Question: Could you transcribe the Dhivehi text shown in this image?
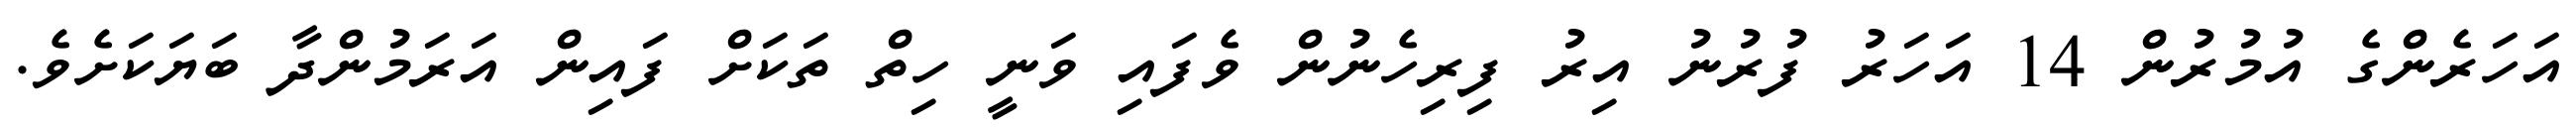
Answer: އަހަރެންގެ އުމުރުން 14 އަހަރު ފުރުނު އިރު ފިރިހެނުން ވެފައި ވަނީ ހިތް ތަކަށް ފައިން އަރަމުންދާ ބަޔަކަށެވެ.